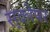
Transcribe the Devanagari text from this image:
स्कोपर